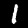
Label: 1